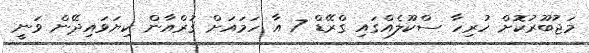
މަޖުބޫރުކޮށް ހުރިހާ ސްކޫލެއްގައި ގްރޭޑް 7 އާ ހަމައަށް ޤުރްއާން ކިޔަވައިދޭން ވަނީ